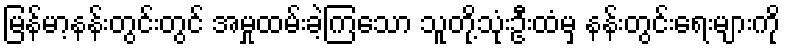
မြန်မာ့နန်းတွင်းတွင် အမှုထမ်းခဲ့ကြသော သူတို့သုံးဦးထံမှ နန်းတွင်းရေးများကို